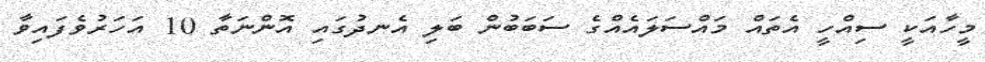
މީހާއަކީ ސިއްހީ އެތައް މައްސަލައެއްގެ ސަބަބުން ބަލި އެނދުގައި އޮންނަތާ 10 އަހަރުވެފައިވާ